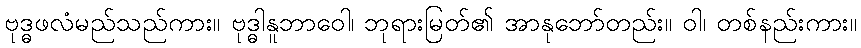
ဗုဒ္ဓဖလံမည်သည်ကား။ ဗုဒ္ဓါနူဘာဝေါ၊ ဘုရားမြတ်၏ အာနုဘော်တည်း။ ဝါ၊ တစ်နည်းကား။